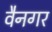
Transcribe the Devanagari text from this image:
वैनगर